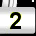
Digit: 2